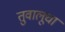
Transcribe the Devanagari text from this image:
तुवालूचा